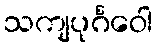
သကျပုင်္ဂဝေါ